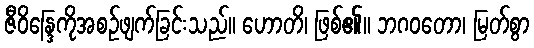
ဇီဝိန္ဒြေကိုအစဉ်ဖျက်ခြင်းသည်။ ဟောတိ၊ ဖြစ်၏။ ဘဂဝတော၊ မြတ်စွာ